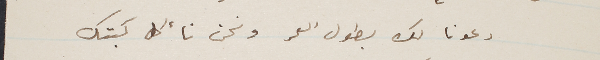
دعونا لك بطول العمر ونح نأكل كبتك